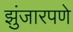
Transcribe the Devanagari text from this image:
झुंजारपणे